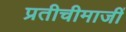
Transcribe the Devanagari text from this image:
प्रतीचीमाजीं